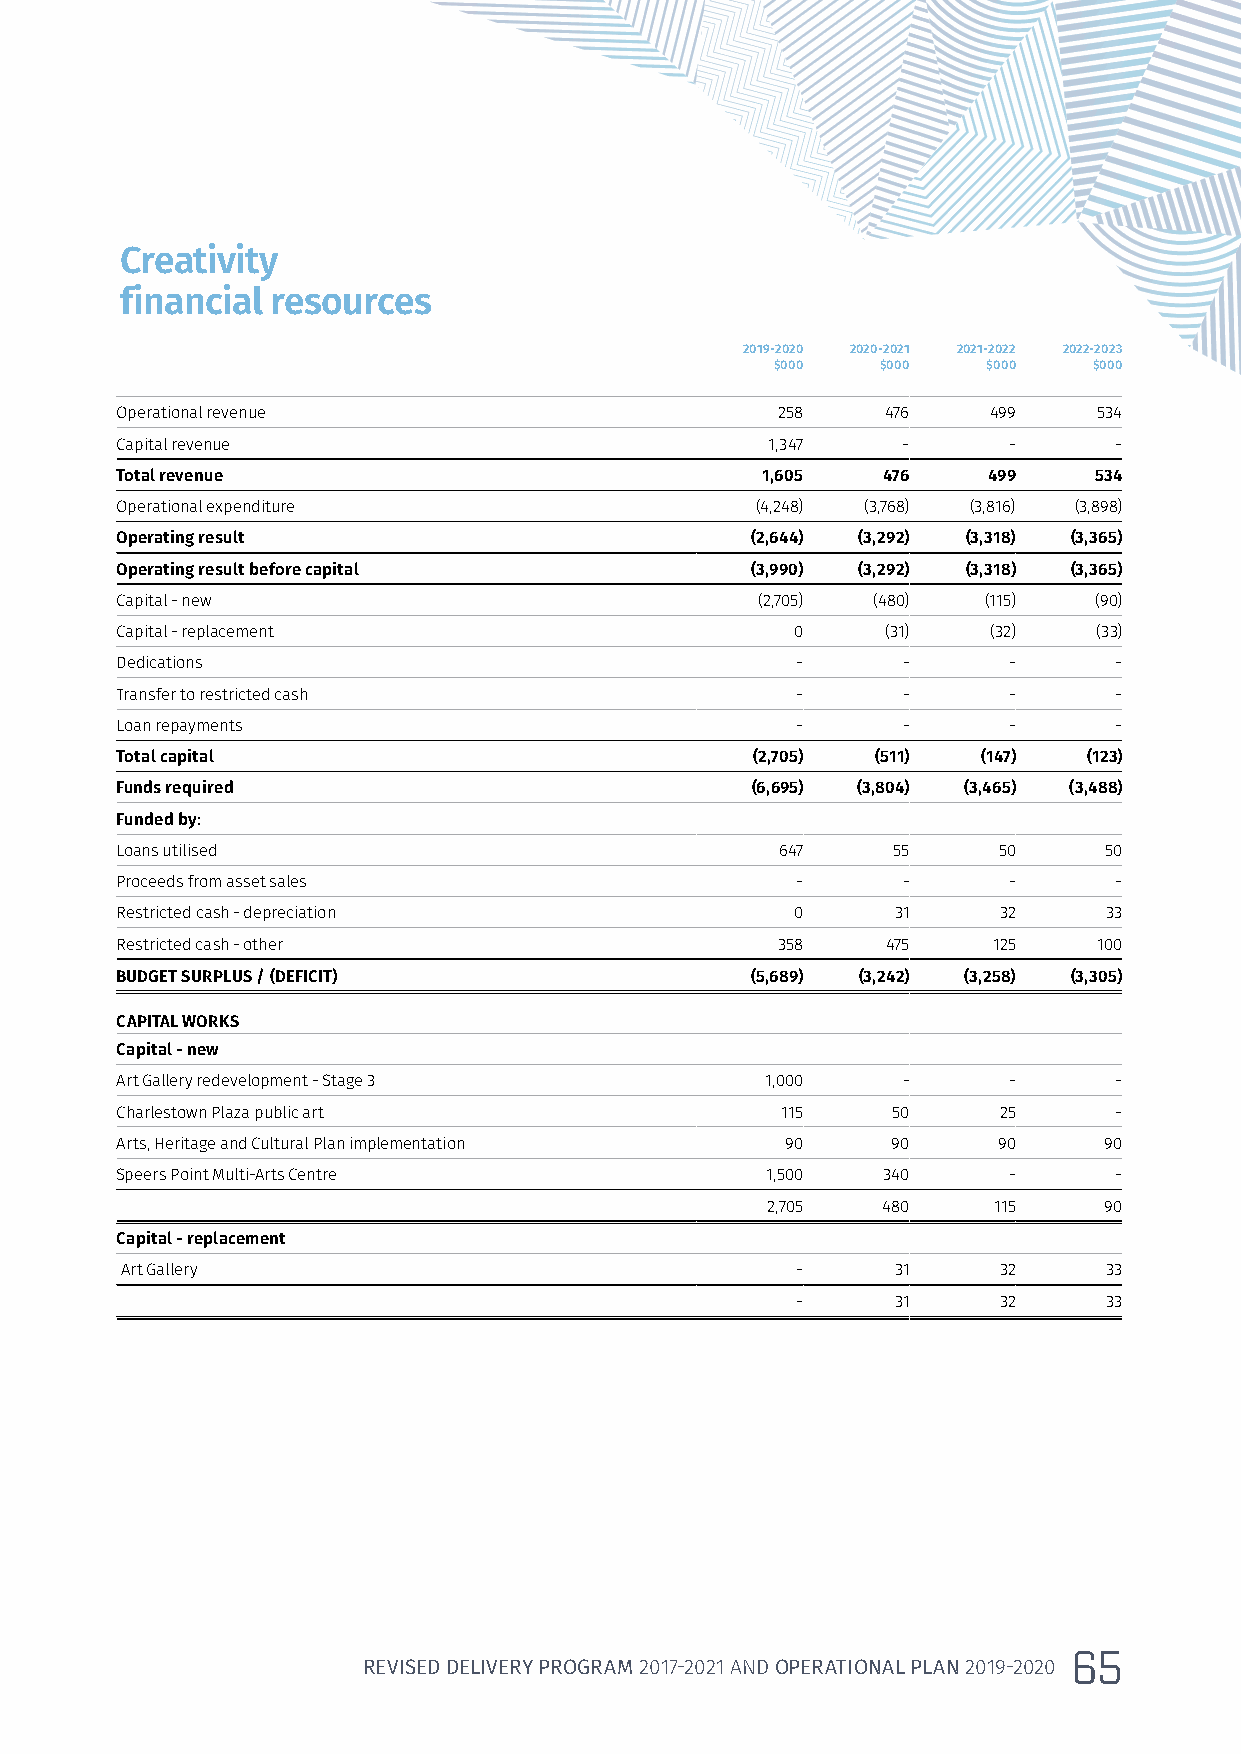
Creativity
 financial resources
 2019-2020 2020-2021 2021-2022 2022-2023
 $000   $000   $000   $000
 Operational revenue                        258     476    499    534
 Capital revenue                            1,347    -      -      -
 Total revenue                             1,605   476    499    534
 Operational expenditure                   (4,248) (3,768) (3,816) (3,898)
 Operating result                          (2,644) (3,292) (3,318) (3,365)
 Operating result before capital           (3,990) (3,292) (3,318) (3,365)
 Capital - new                             (2,705) (480)  (115)  (90)
 Capital - replacement                        0     (31)  (32)    (33)
 Dedications                                  -      -      -      -
 Transfer to restricted cash                  -      -      -      -
 Loan repayments                              -      -      -      -
 Total capital                             (2,705) (511)  (147)  (123)
 Funds required                            (6,695) (3,804) (3,465) (3,488)
 Funded by:
 Loans utilised                              647    55     50     50
 Proceeds from asset sales                    -      -      -      -
 Restricted cash - depreciation               0     31     32     33
 Restricted cash - other                    358     475    125    100
 BUDGET SURPLUS / (DEFICIT)                (5,689) (3,242) (3,258) (3,305)
 CAPITAL WORKS
 Capital - new
 Art Gallery redevelopment - Stage 3        1,000    -      -      -
 Charlestown Plaza public art                115    50     25      -
 Arts, Heritage and Cultural Plan implementation 90 90     90     90
 Speers Point Multi-Arts Centre             1,500  340      -      -
 2,705  480     115    90
 Capital - replacement
 Art Gallery                                  -     31     32     33
 -     31     32     33
 65
 REVISED DELIVERY PROGRAM 2017-2021 AND OPERATIONAL PLAN 2019-2020